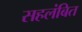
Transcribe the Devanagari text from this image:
सहलंबित